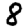
Digit: 8